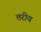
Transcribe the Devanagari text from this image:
त्तरीय